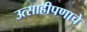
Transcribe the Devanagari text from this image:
उत्साहीपणाचे